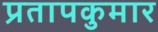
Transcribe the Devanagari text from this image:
प्रतापकुमार